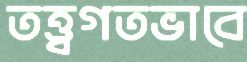
তত্ত্বগতভাবে